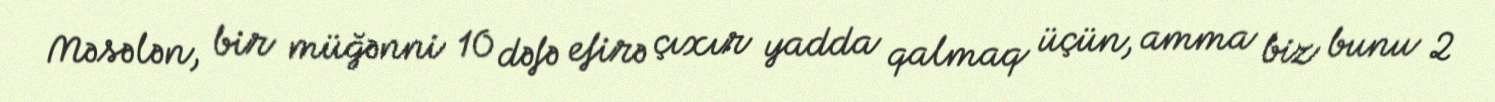
Məsələn, bir müğənni 10 dəfə efirə çıxır yadda qalmaq üçün, amma biz bunu 2